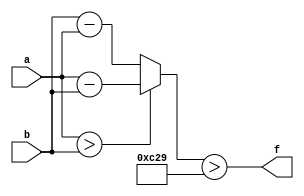
module wce_mit(a, b, f);
parameter _bit = 18;
parameter wce = 3113;
input [_bit - 1: 0] a;
input [_bit - 1: 0] b;
output f;
wire [_bit - 1: 0] diff;
assign diff = (a > b)? (a - b): (b - a);
assign f = (diff > wce);
endmodule